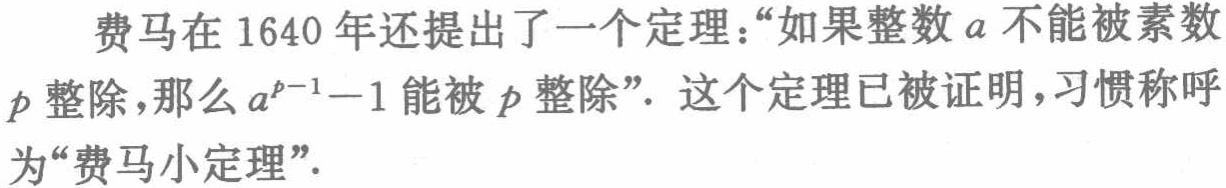
费马在 1640 年还提出了一个定理：“如果整数 \(a\) 不能被素数 \(p\) 整除，那么 \(a^{p - 1}-1\) 能被 \(p\) 整除”. 这个定理已被证明，习惯称呼为“费马小定理”.